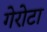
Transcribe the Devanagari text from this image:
गेरोटा